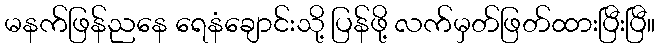
မနက်ဖြန်ညနေ ရေနံချောင်းသို့ ပြန်ဖို့ လက်မှတ်ဖြတ်ထားပြီးပြီ။